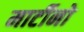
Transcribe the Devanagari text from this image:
मार्टीनो